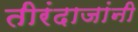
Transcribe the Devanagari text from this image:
तीरंदाजांनी